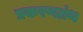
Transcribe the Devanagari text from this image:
प्रकरणग्रंथ